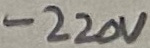
Text: -220V